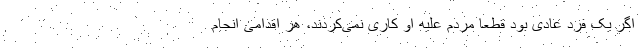
اگر یک فرد عادی بود قطعا مردم علیه او کاری نمی‌کردند، هر اقدامی انجام